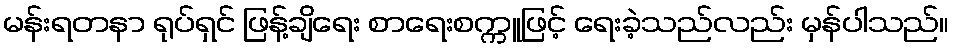
မန်းရတနာ ရုပ်ရှင် ဖြန့်ချိရေး စာရေးစက္ကူဖြင့် ရေးခဲ့သည်လည်း မှန်ပါသည်။